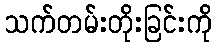
သက်တမ်းတိုးခြင်းကို